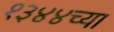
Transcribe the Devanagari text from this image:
१३४४च्या